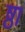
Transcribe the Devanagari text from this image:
ष्ठा